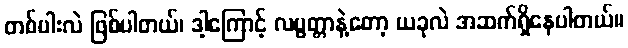
တစ်ပါးလဲ ဖြစ်ပါတယ်၊ ဒါ့ကြောင့် လပွတ္တာနဲ့တော့ ယခုလဲ အဆက်ရှိနေပါတယ်။